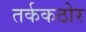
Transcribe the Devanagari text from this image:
तर्ककठोर